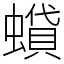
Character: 蟘